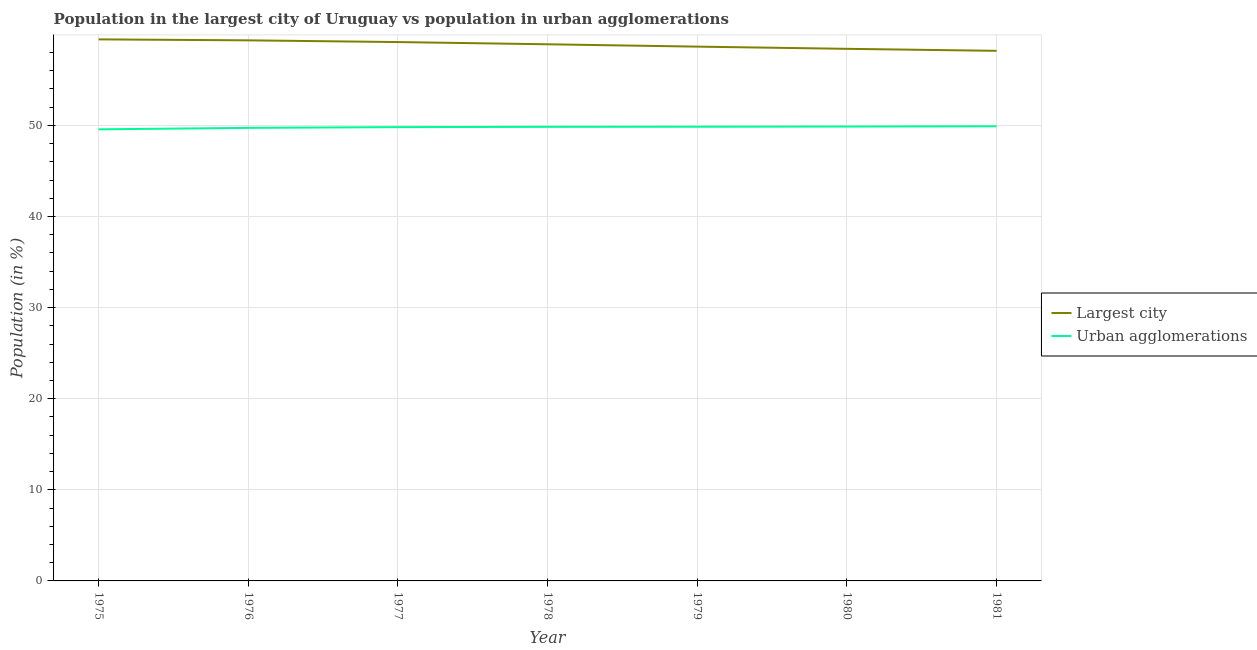
| Year | Largest city | Urban agglomerations |
 | --- | --- | --- |
 | 1975 | 59.4 | 49.6 |
 | 1976 | 59.3 | 49.7 |
 | 1977 | 59.2 | 49.8 |
 | 1978 | 58.9 | 49.8 |
 | 1979 | 58.6 | 49.9 |
 | 1980 | 58.4 | 49.9 |
 | 1981 | 58.2 | 49.9 |